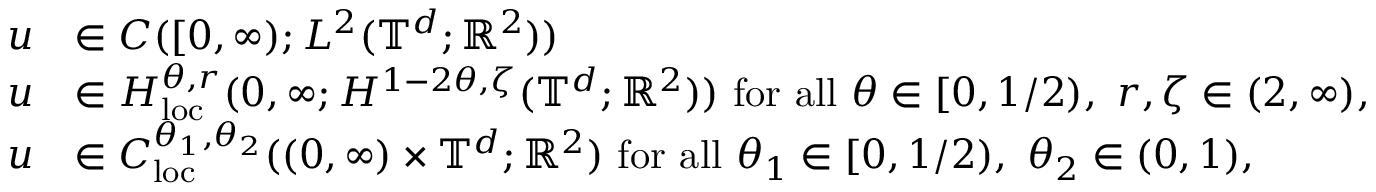
\begin{array} { r l } { u } & { \in C ( [ 0 , \infty ) ; L ^ { 2 } ( \mathbb { T } ^ { d } ; { \mathbb R } ^ { 2 } ) ) } \\ { u } & { \in H _ { \mathrm { l o c } } ^ { \theta , r } ( 0 , \infty ; H ^ { 1 - 2 \theta , \zeta } ( \mathbb { T } ^ { d } ; { \mathbb R } ^ { 2 } ) ) \ \mathrm { f o r ~ a l l ~ } \theta \in [ 0 , 1 / 2 ) , \ r , \zeta \in ( 2 , \infty ) , } \\ { u } & { \in C _ { \mathrm { l o c } } ^ { \theta _ { 1 } , \theta _ { 2 } } ( ( 0 , \infty ) \times \mathbb { T } ^ { d } ; { \mathbb R } ^ { 2 } ) \ \mathrm { f o r ~ a l l ~ } \theta _ { 1 } \in [ 0 , 1 / 2 ) , \ \theta _ { 2 } \in ( 0 , 1 ) , } \end{array}